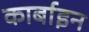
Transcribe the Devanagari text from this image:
कार्बाइन